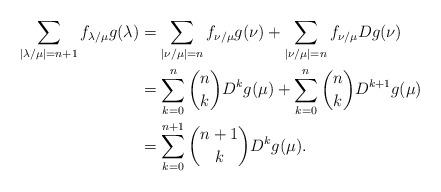
LaTeX: \begin{align*}\sum_{|\lambda/\mu|=n+1}f_{\lambda/\mu}g(\lambda)&=\sum_{|\nu/\mu|=n}f_{\nu/\mu}g(\nu)+\sum_{|\nu/\mu|=n}f_{\nu/\mu}Dg(\nu)\\&=\sum_{k=0}^n\binom{n}{k}D^kg(\mu)+\sum_{k=0}^n\binom{n}{k}D^{k+1}g(\mu)\\&=\sum_{k=0}^{n+1}\binom{n+1}{k}D^kg(\mu).\end{align*}